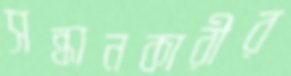
সন্ধানকারীর